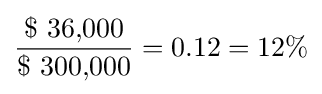
{\frac {\$\ {\mbox{36,000}}}{\$\ {\mbox{300,000}}}}=0.12=12\%